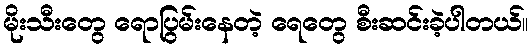
မိုးသီးတွေ ရောပြွမ်းနေတဲ့ ရေတွေ စီးဆင်းခဲ့ပါတယ်။